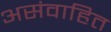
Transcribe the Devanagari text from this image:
असंवाहित